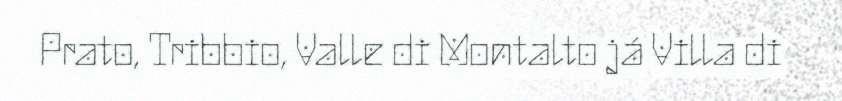
Prato, Tribbio, Valle di Montalto já Villa di